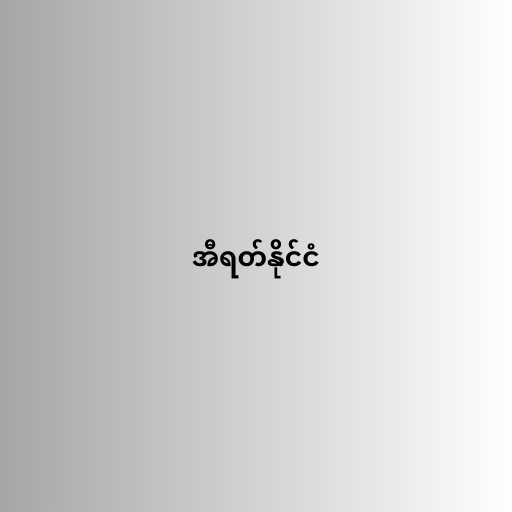
အီရတ်နိုင်ငံ